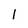
Character: l